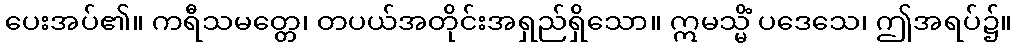
ပေးအပ်၏။ ကရီသမတ္တေ၊ တပယ်အတိုင်းအရှည်ရှိသော။ ဣမသ္မိံ ပဒေသေ၊ ဤအရပ်၌။